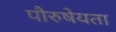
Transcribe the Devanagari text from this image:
पौरुषेयता